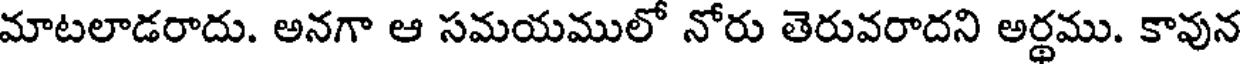
మాటలాడరాదు. అనగా ఆ సమయములో నోరు తెరువరాదని అర్థము. కావున